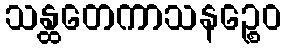
သန္ထတေကာသနဉ္စေဝ